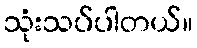
သုံးသပ်ပါတယ်။